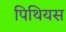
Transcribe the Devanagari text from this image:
पिथियस